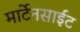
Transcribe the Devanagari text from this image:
मार्टेनसाईट